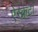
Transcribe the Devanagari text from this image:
ऐस्क्रेटा